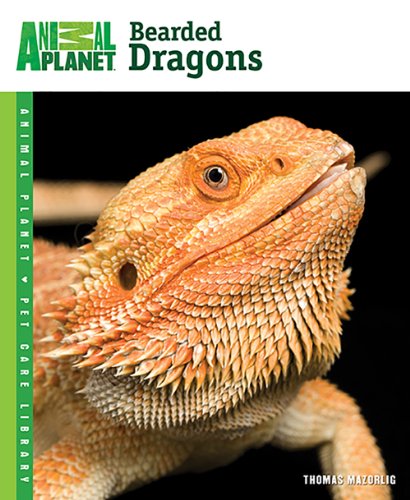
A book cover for Bearded Dragons (Animal Planet Pet Care Library); Thomas Mazorlig; Crafts, Hobbies & Home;